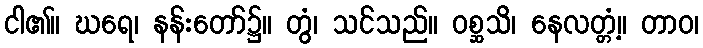
ငါ၏။ ဃရေ၊ နန်းတော်၌။ တွံ၊ သင်သည်။ ဝစ္ဆသိ၊ နေလတ္တံ့။ တာဝ၊